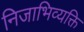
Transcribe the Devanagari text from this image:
निजाभिव्यक्ति